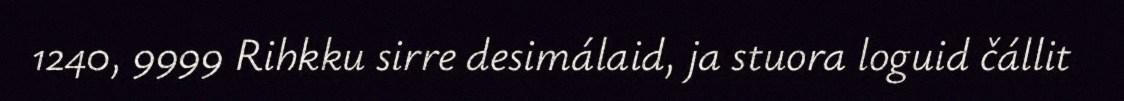
1240, 9999 Rihkku sirre desimálaid, ja stuora loguid čállit